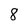
Character: 8